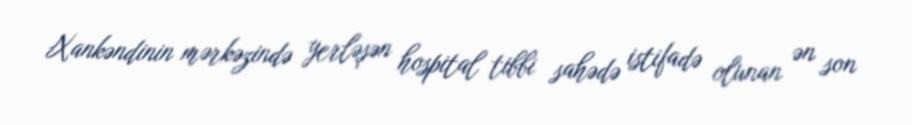
Xankəndinin mərkəzində yerləşən hospital tibbi sahədə istifadə olunan ən son